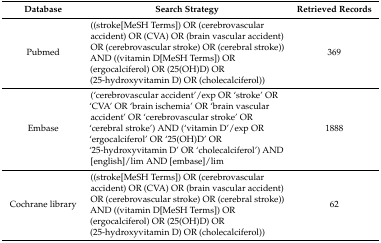
| Database | Search Strategy | Retrieved Records |
 | --- | --- | --- |
 | Pubmed | ((stroke[MeSH Terms]) OR (cerebrovascular accident) OR (CVA) OR (brain vascular accident) OR (cerebrovascular stroke) OR (cerebral stroke)) AND ((vitamin D[MeSH Terms]) OR (ergocalciferol) OR (25(OH)D) OR (25-hydroxyvitamin D) OR (cholecalciferol)) | 369 |
 | Embase | (‘cerebrovascular accident’/exp OR ‘stroke’ OR ‘CVA’ OR ‘brain ischemia’ OR ‘brain vascular accident’ OR ‘cerebrovascular stroke’ OR ‘cerebral stroke’) AND (‘vitamin D’/exp OR ‘ergocalciferol’ OR ‘25(OH)D’ OR ‘25-hydroxyvitamin D’ OR ‘cholecalciferol’) AND [english]/lim AND [embase]/lim | 1888 |
 | Cochrane library | ((stroke[MeSH Terms]) OR (cerebrovascular accident) OR (CVA) OR (brain vascular accident) OR (cerebrovascular stroke) OR (cerebral stroke)) AND ((vitamin D[MeSH Terms]) OR (ergocalciferol) OR (25(OH)D) OR (25-hydroxyvitamin D) OR (cholecalciferol)) | 62 |